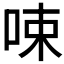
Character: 𠲿